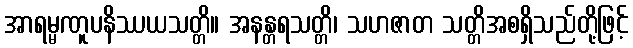
အာရမ္မဏူပနိဿယသတ္တိ။ အနန္တရသတ္တိ၊ သဟဇာတ သတ္တိအစရှိသည်တို့ဖြင့်